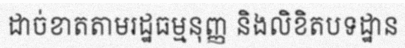
ដាច់ខាតតាមរដ្ឋធម្មនុញ្ញ និងលិខិតបទដ្ឋាន